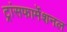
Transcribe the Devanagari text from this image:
ट्रांसफार्मेशनल